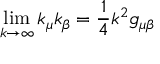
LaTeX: \operatorname * { l i m } _ { k \rightarrow \infty } k _ { \mu } k _ { \beta } = \frac { 1 } { 4 } k ^ { 2 } g _ { \mu \beta }